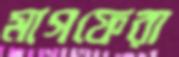
মাগফেরা